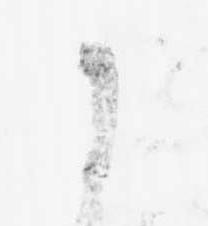
に